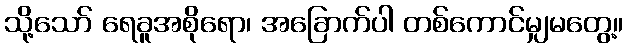
သို့သော် ရေခူအစိုရော၊ အခြောက်ပါ တစ်ကောင်မျှမတွေ့။